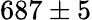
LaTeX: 687\pm 5